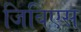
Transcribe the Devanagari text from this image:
जिबिएस